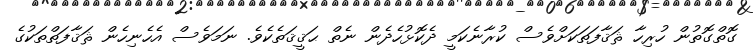
ގޮތްގޮތުން ހުރިހާ ޘަޤާފަތަކަށްވެސް ކުރާނެކަމީ ދެކޮޅުހެދެން ނެތް ޙަޤީޤަތެކެވެ. ނަމަވެސް އެހެނިހެން ޘަޤާފަތްތަކުގެ